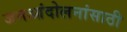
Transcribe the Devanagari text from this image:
जनआंदोलनांसाठी